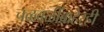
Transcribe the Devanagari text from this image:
चळवळींबाहेरही